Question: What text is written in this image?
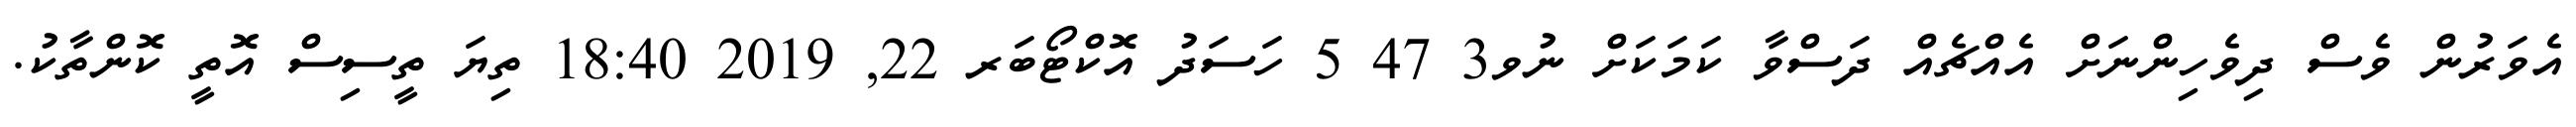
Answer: އެވަރުން ވެސް ދިވެހިންނަށް އެއްޗެއް ދަސްވާ ކަމަކަށް ނުވ3 47 5 ހަސަދު އޮކްޓޯބަރ 22, 2019 18:40 ތިޔަ ތީސިސް އޮތީ ކޮންތާކު.